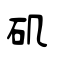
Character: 矶